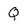
Character: Q